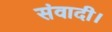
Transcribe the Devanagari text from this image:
संवादी।